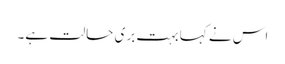
اس نے کہا بہت بری حالت ہے۔